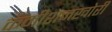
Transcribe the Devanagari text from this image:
कमीशनखोरी